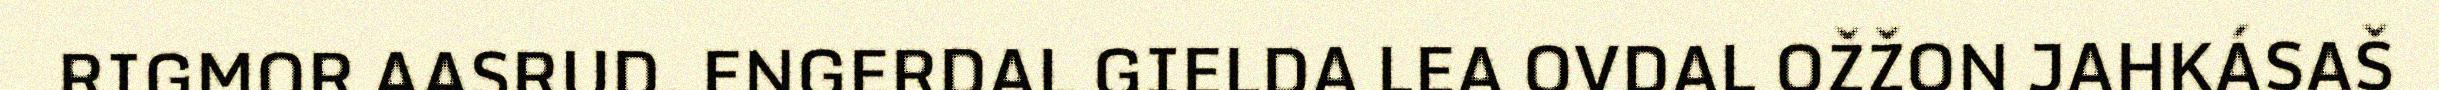
RIGMOR AASRUD. ENGERDAL GIELDA LEA OVDAL OŽŽON JAHKÁSAŠ